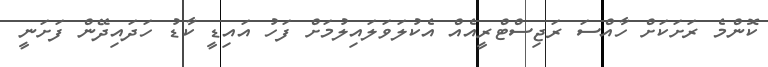
ކޮންމެ ރަށަކަށް ހާއްސަ ރަޖިސްޓްރީއެއް އެކުލަވަލައިލުމަށް ފަހު އައިޑީ ކާޑު ހަދައިދޭން ފަށަނީ